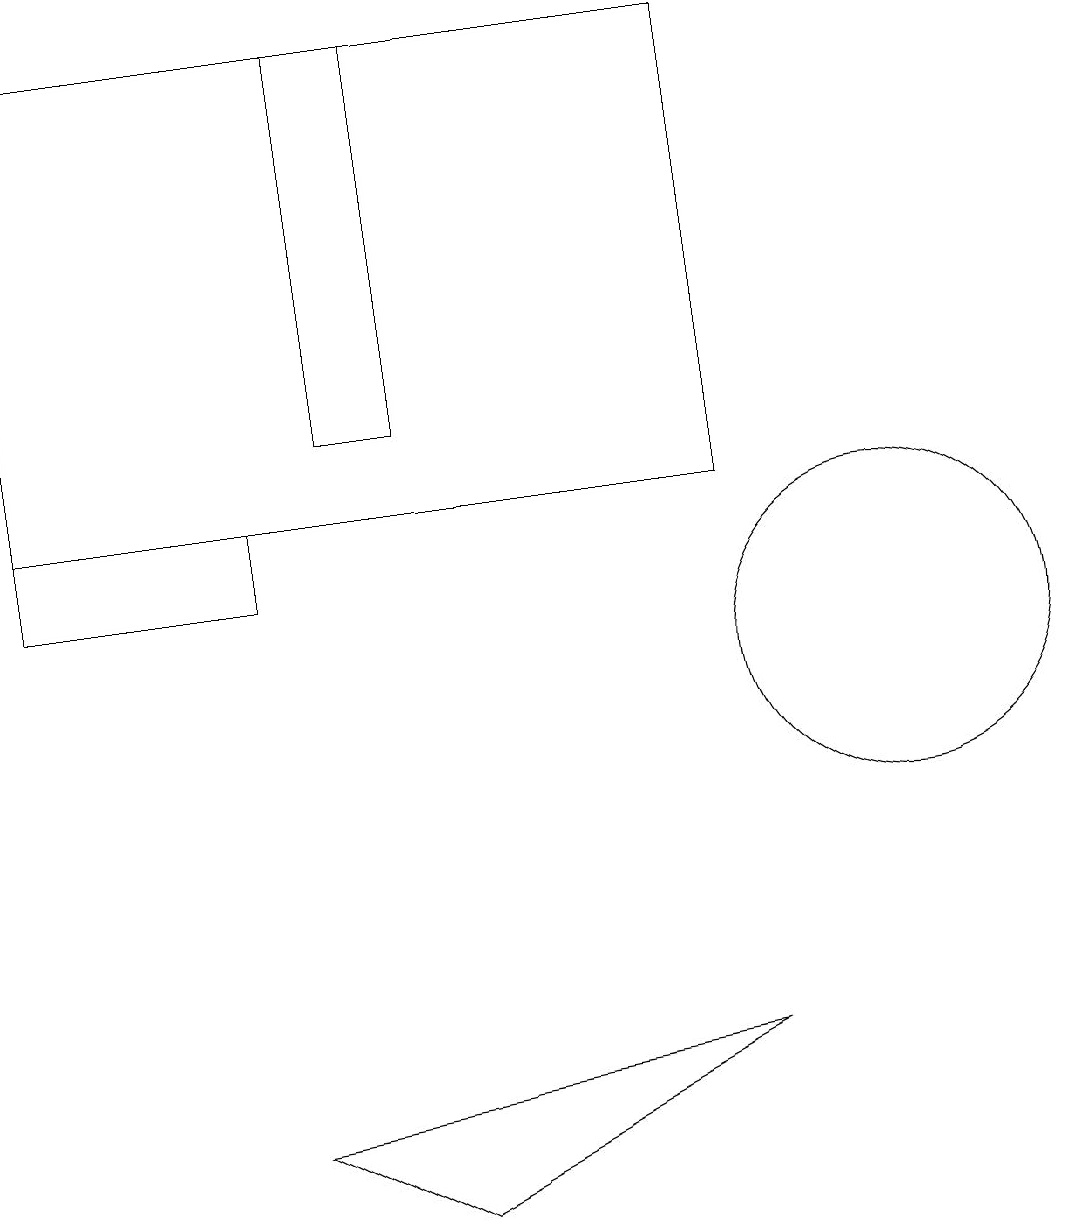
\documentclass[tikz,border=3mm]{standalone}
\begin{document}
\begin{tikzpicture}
\draw (3,5) -- (5,4) -- (9,6) -- cycle;
\draw (9,19) rectangle (0,13);
\draw (0,13) rectangle (3,12);
\draw (4,19) rectangle (5,14);
\draw (11,11) circle (2);
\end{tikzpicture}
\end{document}